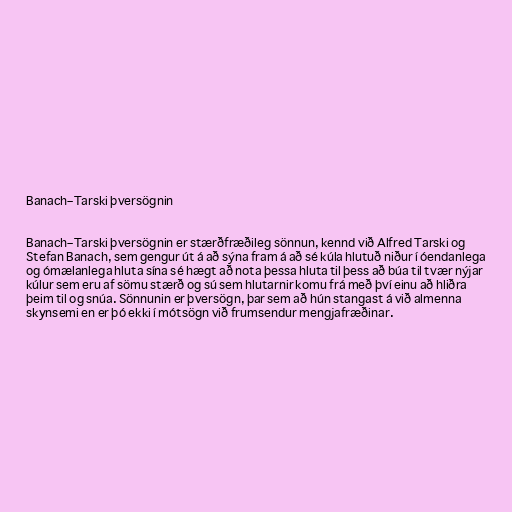
Banach–Tarski þversögnin

Banach–Tarski þversögnin er stærðfræðileg sönnun, kennd við Alfred Tarski og
Stefan Banach, sem gengur út á að sýna fram á að sé kúla hlutuð niður í óendanlega
og ómælanlega hluta sína sé hægt að nota þessa hluta til þess að búa til tvær nýjar
kúlur sem eru af sömu stærð og sú sem hlutarnir komu frá með því einu að hliðra
þeim til og snúa. Sönnunin er þversögn, þar sem að hún stangast á við almenna
skynsemi en er þó ekki í mótsögn við frumsendur mengjafræðinar.